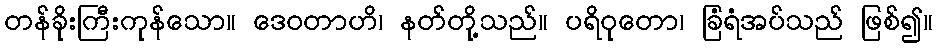
တန်ခိုးကြီးကုန်သော။ ဒေဝတာဟိ၊ နတ်တို့သည်။ ပရိဝုတော၊ ခြံရံအပ်သည် ဖြစ်၍။